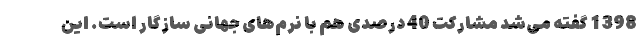
1398 گفته می‌شد مشارکت 40 درصدی هم با نُرم‌های جهانی سازگار است. این